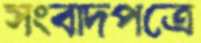
সংবাদপত্রে